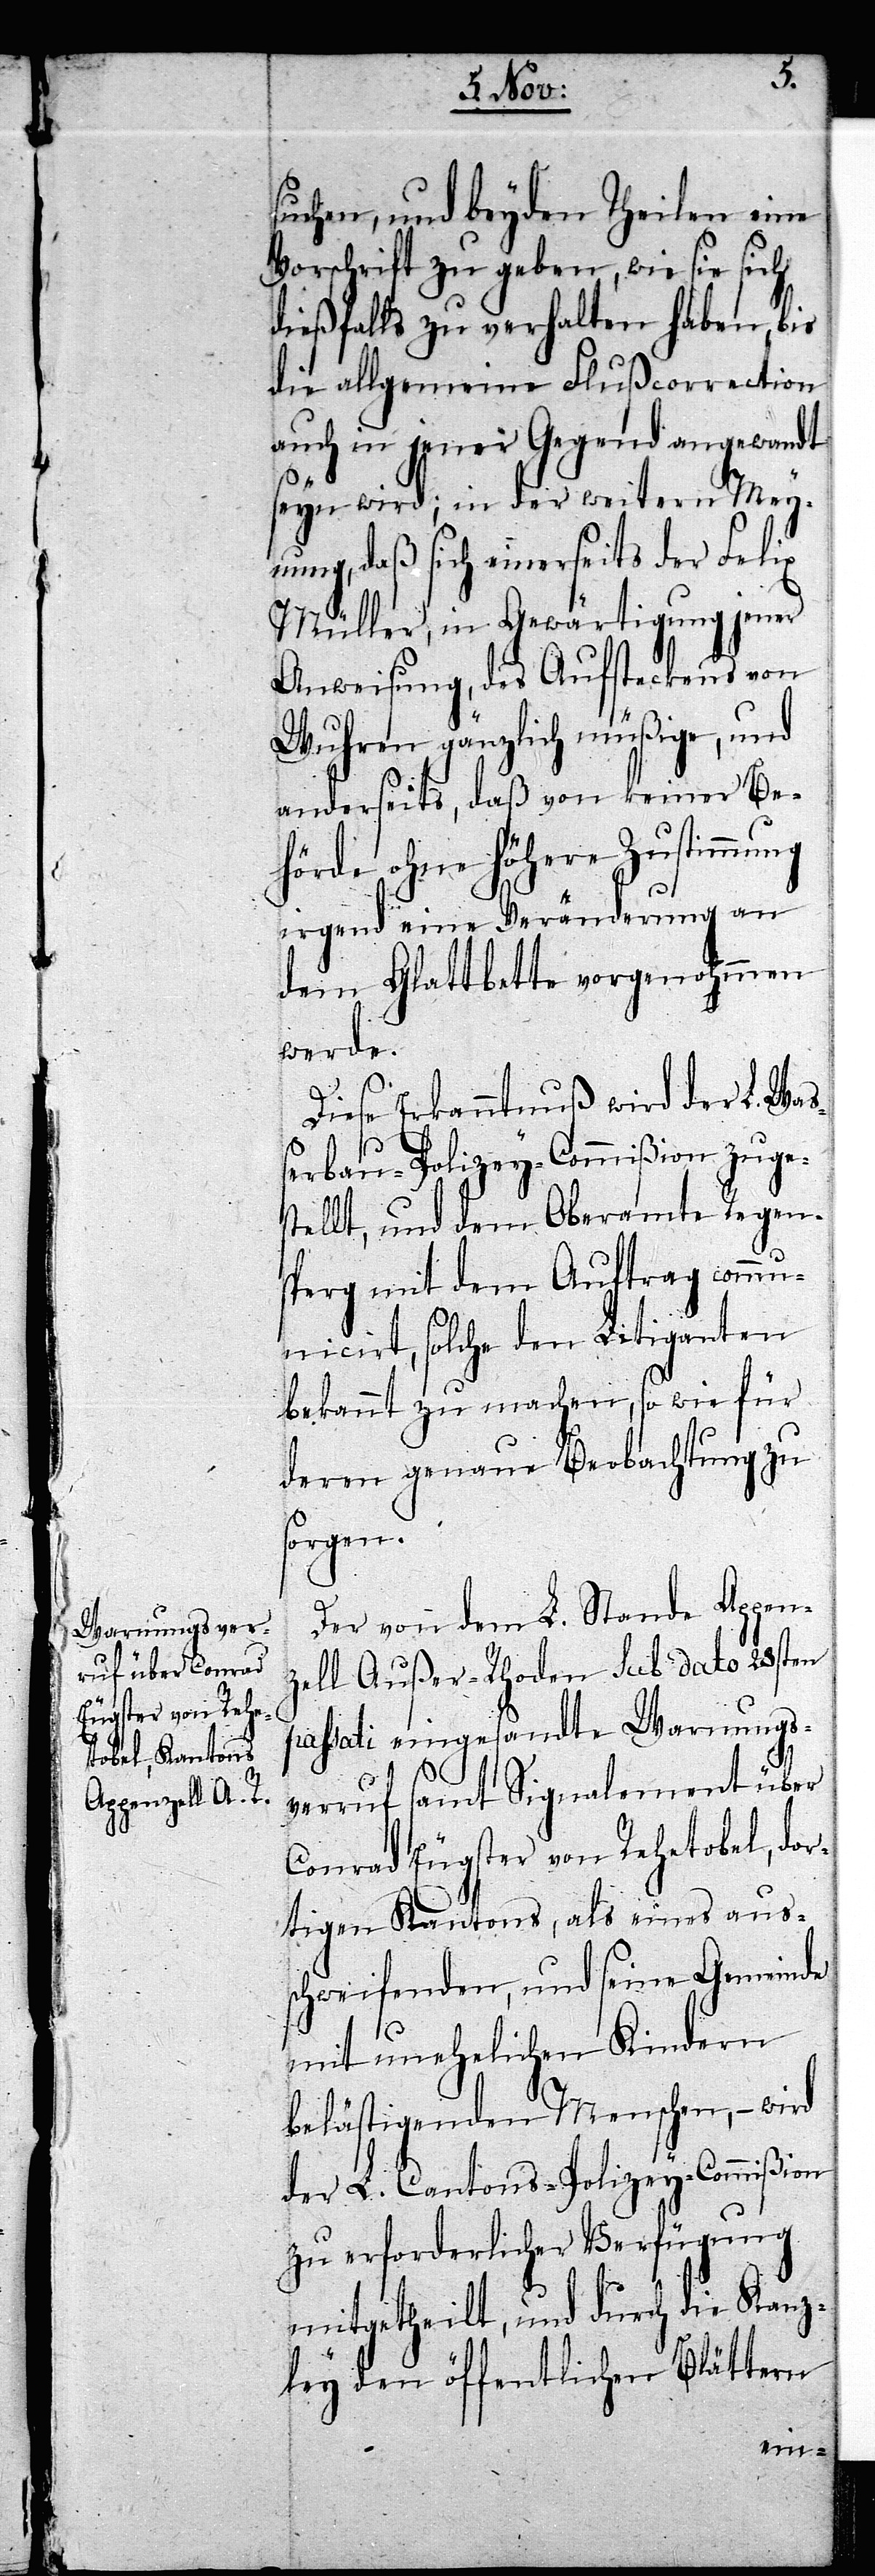
suchen, und beyden Theilen eine
Vorschrift zu geben, wie sie sich
dießfalls zu verhalten haben, bis
die allgemeine Flußcorrection
auch in jener Gegend angewandt
seyn wird; in der weitern Mey¬
nung, daß sich einerseits der Felix
Müller, in Gewärtigung jener
Anweisung, des Aufsteckens von
Wuhren gänzlich müßige, und
anderseits, daß von keiner Be¬
hörde ohne Höhere Zustimmung
irgend eine Veränderung an
dem Glattbette vorgenommen
werde.
Diese Erkanntnuß wird der L. Wa¬
ßerbau-Polizey-Commißion zuge¬
stellt, und dem Oberamte Regen¬
sperg mit dem Auftrag comm¬
unicirt, solche den Litiganten
bekannt zu machen, so wie für
deren genaue Beobachtung zu
sorgen.
Der von dem L. Stande Appen¬
zell Außer-Rhoden sub dato 28sten
passati eingesandte Warnungs¬
verruf samt Signalement über
Conrad Eugster von Rehetobel, dor¬
tigen Kantons, als eines aus¬
schweifenden, und seine Gemeinde
mit unehelichen Kindern
belästigenden Menschen, – wird
der L. Cantons-Polizey-Commißion
zu erforderlicher Verfügung
mitgetheilt, und durch die Kanz¬
ley den öffentlichen Blättern